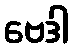
ဗေဒါ